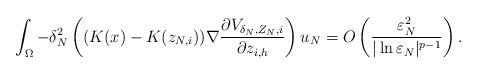
LaTeX: \begin{align*}\int_{\Omega}-\delta_N^2\left( (K(x)-K(z_{N,i}))\nabla \frac{\partial V_{\delta_N, Z_N,i}}{\partial z_{i,h}}\right) u_N=O\left( \frac{\varepsilon_N^2}{|\ln\varepsilon_N|^{p-1}}\right).\end{align*}